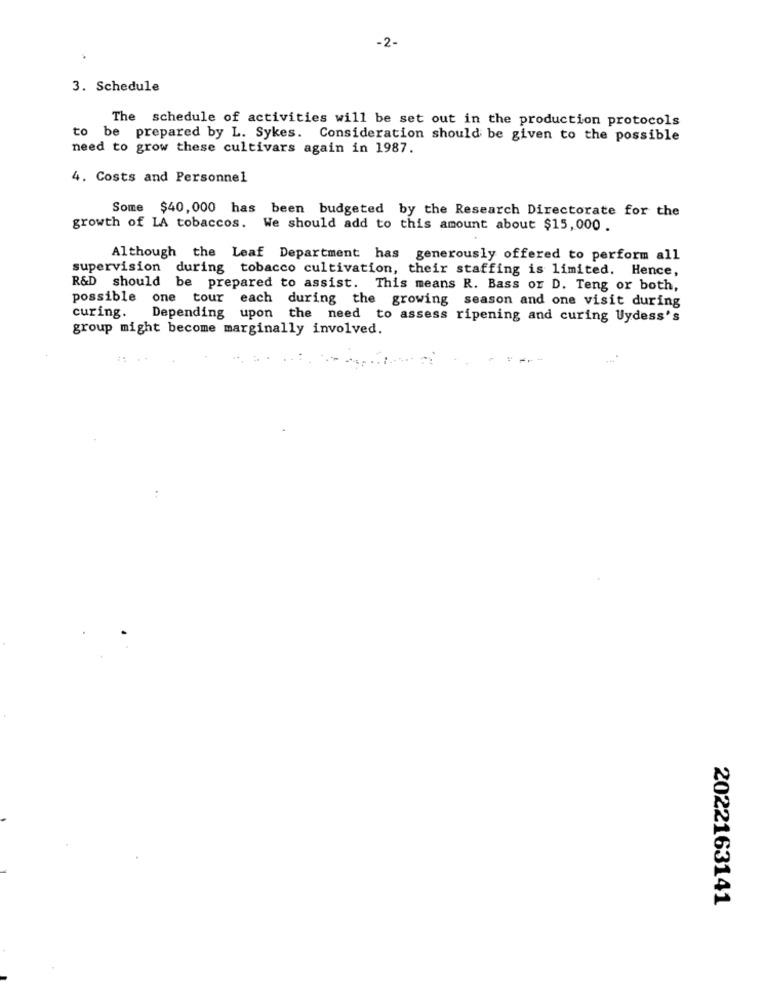
-2-
3. Schedule
The schedule of activities will be set out in the production protocols
to be prepared by L. Sykes. Consideration should be given to the possible
need to grow these cultivars again in 1987.
4. Costs and Personnel
Some $40, 000 has been budgeted by the Research Directorate for the
growth of LA tobaccos. We should add to this amount about $15,000 .
Although the Leaf Department has generously offered to perform all
supervision during tobacco cultivation, their staffing is limited. Hence,
R&D should be prepared to assist. This means R. Bass or D. Teng or both,
possible one tour each during the growing season and one visit during
curing.
Depending upon the need to assess ripening and curing Uydess's
group might become marginally involved.
..-
2022163141